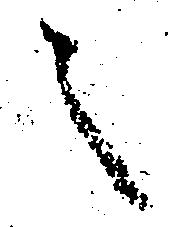
之